Leaving Certificate Examination (including Day School Certificate (Higher) General paper), 1933
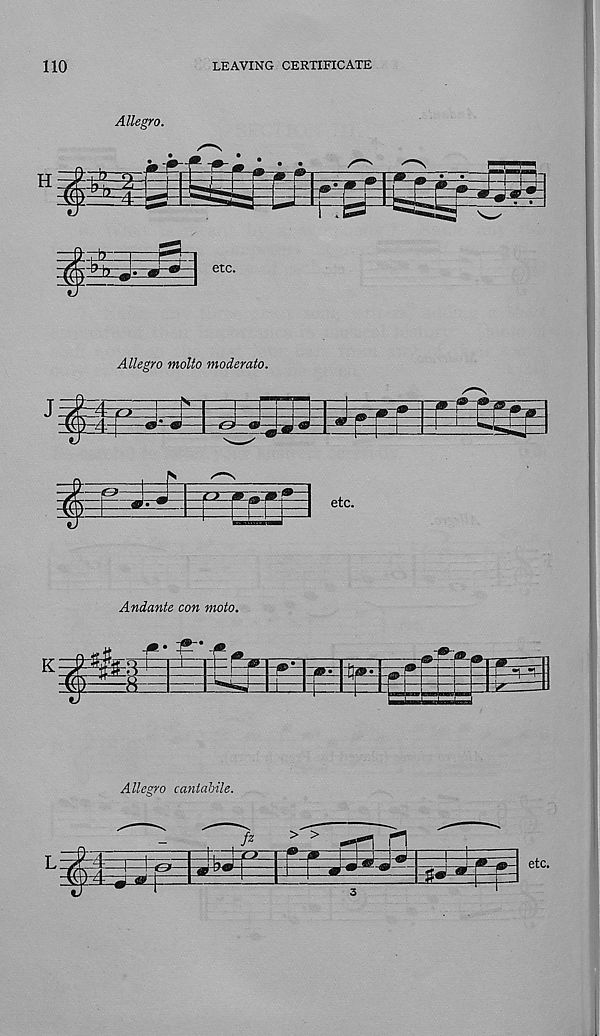
110
LEAVING CERTIFICATE
Allegro.
Allegro molto moderato.
O-lWefm'.
etc.
Andante con moto.